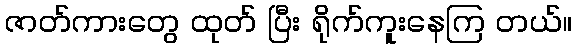
ဇာတ်ကားတွေ ထုတ် ပြီး ရိုက်ကူးနေကြ တယ်။